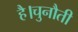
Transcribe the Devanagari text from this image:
है।चुनौती